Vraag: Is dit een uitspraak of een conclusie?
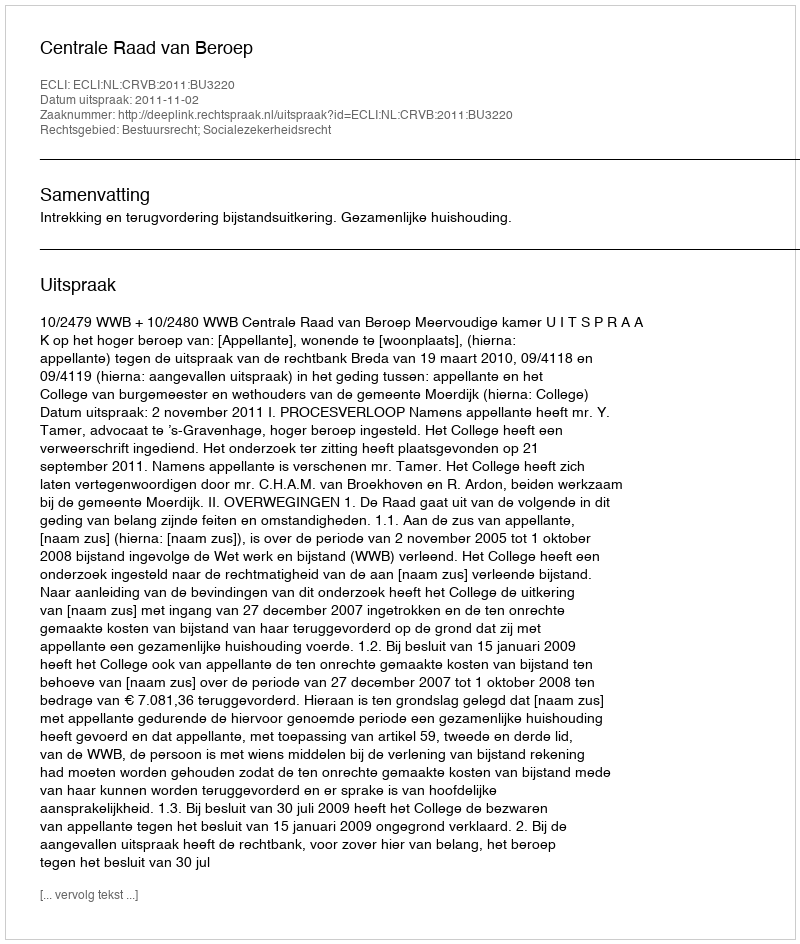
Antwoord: Uitspraak